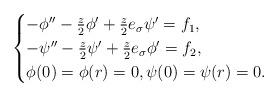
LaTeX: \begin{align*}\begin{cases} -\phi''-\frac{z}{2}\phi'+\frac{z}{2}e_\sigma\psi'=f_1,\\ -\psi''-\frac{z}{2}\psi'+\frac{z}{2}e_\sigma\phi'=f_2,\\ \phi(0)=\phi(r)=0,\psi(0)=\psi(r)=0.\end{cases}\end{align*}